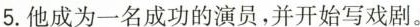
5.他成为一名成功的演员，并开始写戏剧。